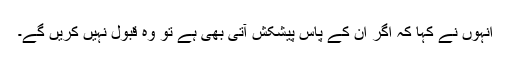
انہوں نے کہا کہ اگر ان کے پاس پیشکش آتی بھی ہے تو وہ قبول نہیں کریں گے۔